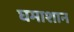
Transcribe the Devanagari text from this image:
घमाशान